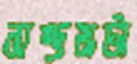
সম্ভ্রমটা